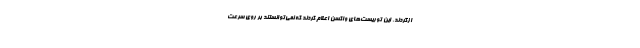
ازگردند. این توریست‌های واکسن اعلام کردند که نمی‌توانستند بر روی سرعت